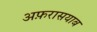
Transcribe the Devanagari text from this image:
अफ़रासयाब